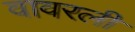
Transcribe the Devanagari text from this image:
वावरली